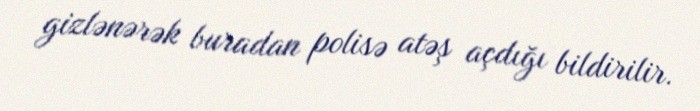
gizlənərək buradan polisə atəş açdığı bildirilir.